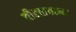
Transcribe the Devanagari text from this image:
तीस्तावरून